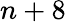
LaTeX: n+8